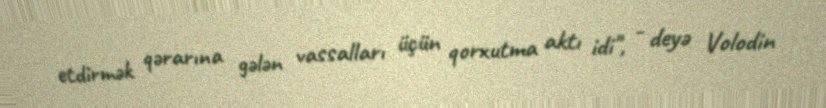
etdirmək qərarına gələn vassalları üçün qorxutma aktı idi", - deyə Volodin